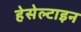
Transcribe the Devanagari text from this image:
हेसेल्टाइन